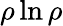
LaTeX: \rho\ln\rho